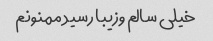
خیلی سالم و‌زیبا رسید ممنونم